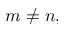
m \neq n ,